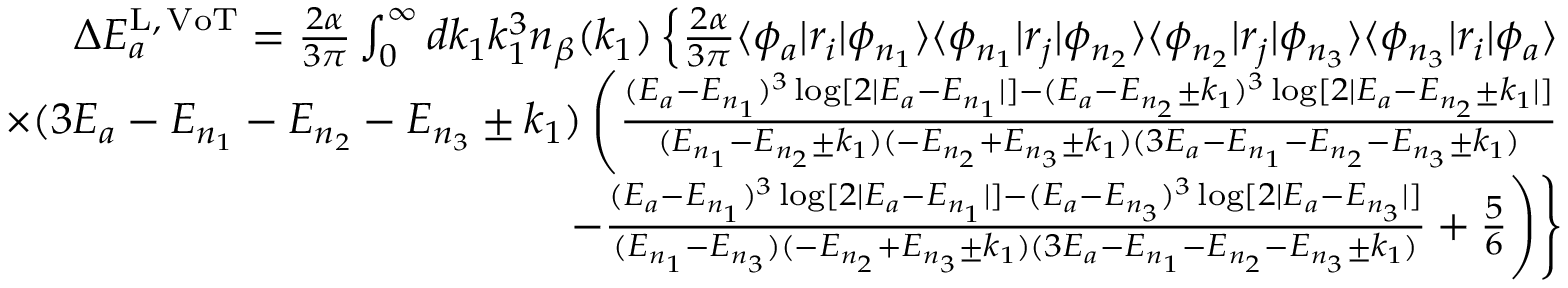
\begin{array} { r } { \Delta E _ { a } ^ { \mathrm { L , \, V o T } } = \frac { 2 \alpha } { 3 \pi } \int _ { 0 } ^ { \infty } d k _ { 1 } k _ { 1 } ^ { 3 } n _ { \beta } ( k _ { 1 } ) \left\lbrace \frac { 2 \alpha } { 3 \pi } \langle \phi _ { a } | r _ { i } | \phi _ { n _ { 1 } } \rangle \langle \phi _ { n _ { 1 } } | r _ { j } | \phi _ { n _ { 2 } } \rangle \langle \phi _ { n _ { 2 } } | r _ { j } | \phi _ { n _ { 3 } } \rangle \langle \phi _ { n _ { 3 } } | r _ { i } | \phi _ { a } \rangle \right. } \\ { \times ( 3 E _ { a } - E _ { n _ { 1 } } - E _ { n _ { 2 } } - E _ { n _ { 3 } } \pm k _ { 1 } ) \left( \frac { ( E _ { a } - E _ { n _ { 1 } } ) ^ { 3 } \log [ 2 | E _ { a } - E _ { n _ { 1 } } | ] - ( E _ { a } - E _ { n _ { 2 } } \pm k _ { 1 } ) ^ { 3 } \log [ 2 | E _ { a } - E _ { n _ { 2 } } \pm k _ { 1 } | ] } { ( E _ { n _ { 1 } } - E _ { n _ { 2 } } \pm k _ { 1 } ) ( - E _ { n _ { 2 } } + E _ { n _ { 3 } } \pm k _ { 1 } ) ( 3 E _ { a } - E _ { n _ { 1 } } - E _ { n _ { 2 } } - E _ { n _ { 3 } } \pm k _ { 1 } ) } \right. } \\ { \left. \left. - \frac { ( E _ { a } - E _ { n _ { 1 } } ) ^ { 3 } \log [ 2 | E _ { a } - E _ { n _ { 1 } } | ] - ( E _ { a } - E _ { n _ { 3 } } ) ^ { 3 } \log [ 2 | E _ { a } - E _ { n _ { 3 } } | ] } { ( E _ { n _ { 1 } } - E _ { n _ { 3 } } ) ( - E _ { n _ { 2 } } + E _ { n _ { 3 } } \pm k _ { 1 } ) ( 3 E _ { a } - E _ { n _ { 1 } } - E _ { n _ { 2 } } - E _ { n _ { 3 } } \pm k _ { 1 } ) } + \frac { 5 } { 6 } \right) \right\rbrace } \end{array}